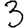
Digit: 3